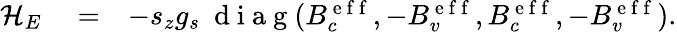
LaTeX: \begin{array}{rlr}{\mathcal{H}_{E}}&{{}=}&{-s_{z}g_{s}\ \mathrm{~d~i~a~g~}(B_{c}^{\mathrm{~e~f~f~}},-B_{v}^{\mathrm{~e~f~f~}},B_{c}^{\mathrm{~e~f~f~}},-B_{v}^{\mathrm{~e~f~f~}}).}\end{array}